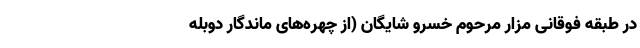
در طبقه فوقانی مزار مرحوم خسرو شایگان (از چهره‌های ماندگار دوبله